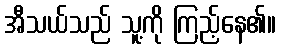
အီသယ်သည် သူ့ကို ကြည့်နေ၏။